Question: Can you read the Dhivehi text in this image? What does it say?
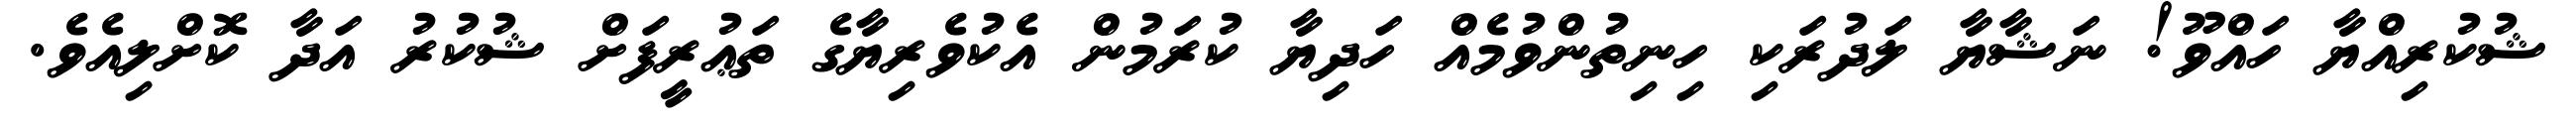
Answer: ޝުކުރިއްޔާ ހައްވޫ! ނަޝާޔާ ލަދުރަކި ހިނިތުންވުމެއް ހަދިޔާ ކުރަމުން އެކުވެރިޔާގެ ތަޢުރީފަށް ޝުކުރު އަދާ ކޮށްލިއެވެ.